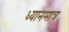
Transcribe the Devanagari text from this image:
ध्यानमात्र